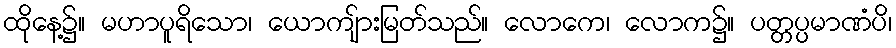
ထိုနေ့၌။ မဟာပူရိသော၊ ယောကျ်ားမြတ်သည်။ လောကေ၊ လောက၌။ ပတ္တပ္ပမာဏံပိ၊